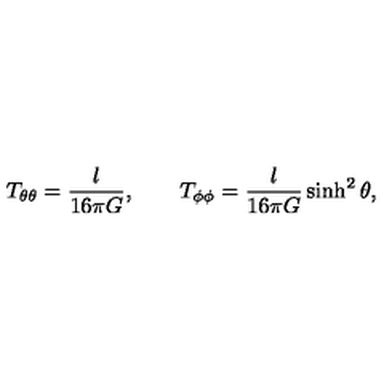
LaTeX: T _ { \theta \theta } = \frac { l } { 1 6 \pi G } , \qquad T _ { \phi \phi } = \frac { l } { 1 6 \pi G } \sinh ^ { 2 } \theta ,